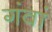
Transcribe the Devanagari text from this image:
गंवां